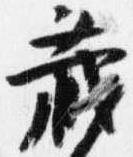
蔵